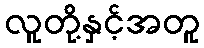
လူတို့နှင့်အတူ